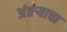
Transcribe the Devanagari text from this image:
अंतऱ्याचा